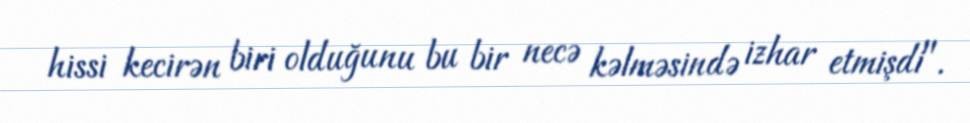
hissi kecirən biri olduğunu bu bir necə kəlməsində izhar etmişdi".